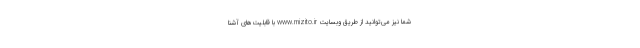
شما نیز می‌توانید از طریق وبسایت www.mizito.ir با قابلیت‌های آشنا